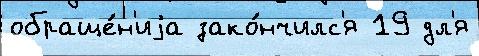
обраще́н'иjа зако́нчилс'я 19 дл'я